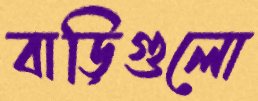
বাড়িগুলো